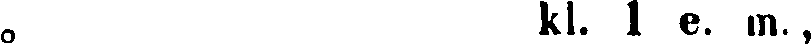
o kl. 1 e. m.,